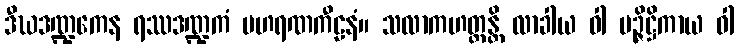
ဒီဃဒဏ္ဍကေန ရဿဒဏ္ဍကံ ပဟရဏကီဠနံ။ သလာကဟတ္ထန္တိ လာခါယ ဝါ မဉ္ဇိဋ္ဌိကာယ ဝါ